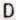
D